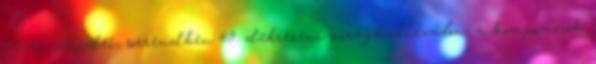
20-án az idei, sorrendben 49. debreceni virágkarneválon, a kompozíciók